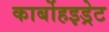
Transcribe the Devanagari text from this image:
कार्बोहइड्रेट